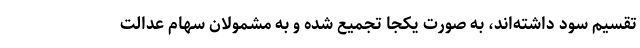
تقسیم سود داشته‌اند، به صورت یکجا تجمیع شده و به مشمولان سهام عدالت